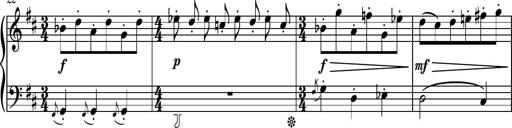
Title: Piano Sonatina No.4
Composer: Dimitri Sykias
Key: D major